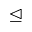
\trianglelefteq